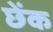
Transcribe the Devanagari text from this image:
छेंक